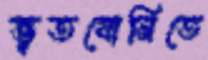
ভূতযোনিতে